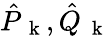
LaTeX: \hat{P}_{\mathrm{~\mathbf~k~}},\hat{Q}_{\mathrm{~\mathbf~k~}}